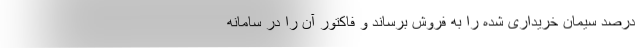
درصد سیمان خریداری شده را به فروش برساند و فاکتور آن را در سامانه